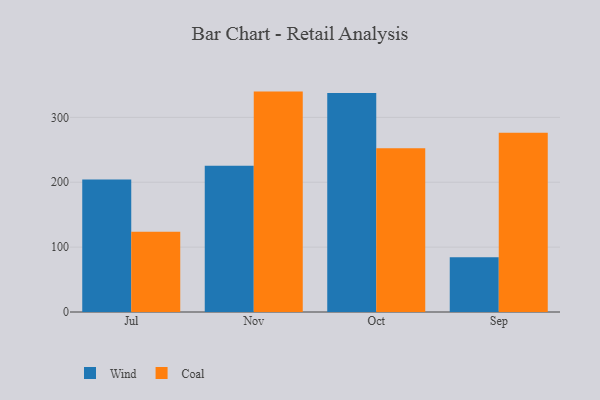
{"axis": {"x": "Month", "y": "Net Income (USD K)"}, "legend": ["Coal", "Wind"], "data": [{"x": "Jul", "y": 204.3, "type": "Wind"}, {"x": "Jul", "y": 123.8, "type": "Coal"}, {"x": "Nov", "y": 225.6, "type": "Wind"}, {"x": "Nov", "y": 339.7, "type": "Coal"}, {"x": "Oct", "y": 337.6, "type": "Wind"}, {"x": "Oct", "y": 252.2, "type": "Coal"}, {"x": "Sep", "y": 84.2, "type": "Wind"}, {"x": "Sep", "y": 276.4, "type": "Coal"}]}